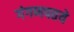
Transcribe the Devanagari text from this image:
गंगणपतये